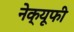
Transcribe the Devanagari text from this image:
नेक्यूफी